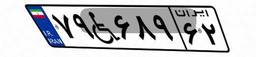
۷۹W۶۸۹۶۲